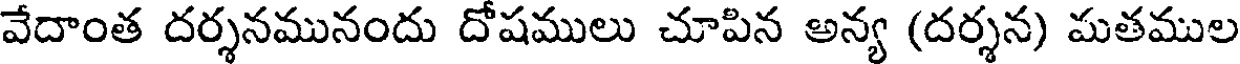
వేదాంత దర్శనమునందు దోషములు చూపిన అన్య (దర్శన) మతముల